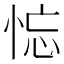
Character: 𢚚